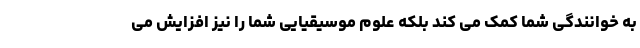
به خوانندگی شما کمک می کند بلکه علوم موسیقیایی شما را نیز افزایش می